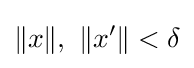
\|x\|,\,\,\|x^{\prime }\|<\delta